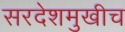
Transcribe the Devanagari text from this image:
सरदेशमुखीच